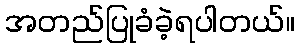
အတည်ပြုခံခဲ့ရပါတယ်။